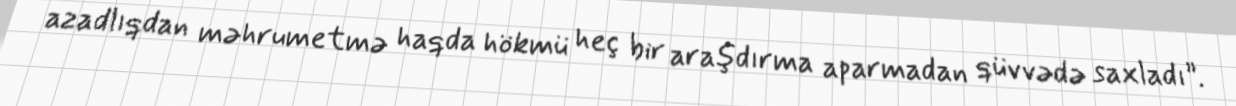
azadlıqdan məhrumetmə haqda hökmü heç bir araşdırma aparmadan qüvvədə saxladı”.